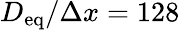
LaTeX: D_{\textup{eq}}/\Delta x=128